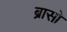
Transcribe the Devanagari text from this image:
ब्रासो